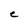
Character: e